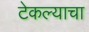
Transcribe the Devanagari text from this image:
टेकल्याचा